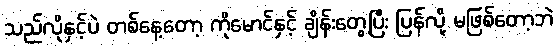
သည်လိုနှင့်ပဲ တစ်နေ့တော့ ကိုမောင်နှင့် ချိန်းတွေ့ပြီး ပြန်လို့ မဖြစ်တော့ဘဲ